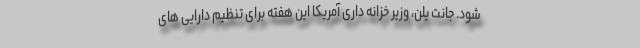
شود. جانت یلن، وزیر خزانه داری آمریکا این هفته برای تنظیم دارایی های